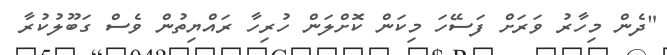
"ދެން މިހާރު ވަރަށް ފަސޭހަ މިކަން ކޮށްލަން ހުރިހާ ރައްޔިތުން ވެސް ގަބޫލުކުރާ